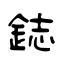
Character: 鋕